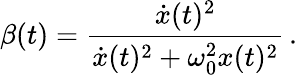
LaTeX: \beta(t)=\frac{\dot{x}(t)^{2}}{\dot{x}(t)^{2}+\omega_{0}^{2}x(t)^{2}}\, .